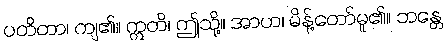
ပတိတာ၊ ကျ၏။ ဣတိ၊ ဤသို့။ အာဟ၊ မိန့်တော်မူ၏။ ဘန္တေ